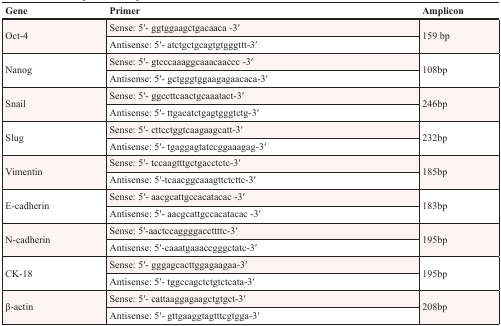
<table><thead><tr><td><b>Gene</b></td><td><b>Primer</b></td><td><b>Amplicon</b></td></tr></thead><tbody><tr><td rowspan="2">Oct-4</td><td>Sense: 5′- ggtggaagctgacaaca -3′</td><td rowspan="2">159 bp</td></tr><tr><td>Antisense: 5′- atctgctgcagtgtgggttt-3′</td></tr><tr><td rowspan="2">Nanog</td><td>Sense: 5′- gtcccaaaggcaaacaaccc -3′</td><td rowspan="2">108bp</td></tr><tr><td>Antisense: 5′- gctgggtggaagagaacaca-3′</td></tr><tr><td rowspan="2">Snail</td><td>Sense: 5′- ggccttcaactgcaaatact-3′</td><td rowspan="2">246bp</td></tr><tr><td>Antisense: 5′- ttgacatctgagtgggtctg-3′</td></tr><tr><td rowspan="2">Slug</td><td>Sense: 5′- cttcctggtcaagaagcatt-3′</td><td rowspan="2">232bp</td></tr><tr><td>Antisense: 5′- tgaggagtatccggaaagag-3′</td></tr><tr><td rowspan="2">Vimentin</td><td>Sense: 5′- tccaagtttgctgacctctc-3′</td><td rowspan="2">185bp</td></tr><tr><td>Antisense: 5′-tcaacggcaaagttctcttc-3′</td></tr><tr><td rowspan="2">E-cadherin</td><td>Sense: 5′- aacgcattgccacatacac -3′</td><td rowspan="2">183bp</td></tr><tr><td>Antisense: 5′- aacgcattgccacatacac -3′</td></tr><tr><td rowspan="2">N-cadherin</td><td>Sense: 5′-aactccaggggaccttttc-3′</td><td rowspan="2">195bp</td></tr><tr><td>Antisense: 5′-caaatgaaaccgggctatc-3′</td></tr><tr><td rowspan="2">CK-18</td><td>Sense: 5′- gggagcacttggagaagaa-3′</td><td rowspan="2">195bp</td></tr><tr><td>Antisense: 5′- tggccagctctgtctcata-3′</td></tr><tr><td rowspan="2">β-actin</td><td>Sense: 5′- cattaaggagaagctgtgct-3′</td><td rowspan="2">208bp</td></tr><tr><td>Antisense: 5′- gttgaaggtagtttcgtgga-3′</td></tr></tbody></table>